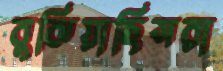
বুঝিয়াছিসরা